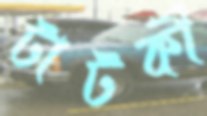
টাটকী